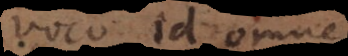
voco id omne